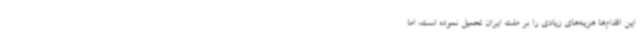
این اقدام‌ها هزینه‌های زیادی را بر ملت ایران تحمیل نموده است، اما